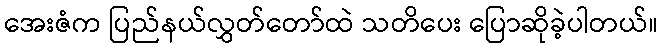
အေးဇံက ပြည်နယ်လွှတ်တော်ထဲ သတိပေး ပြောဆိုခဲ့ပါတယ်။